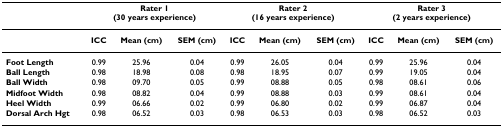
|  | <COLSPAN=3> Rater 1(30 years experience) | <COLSPAN=3> Rater 2(16 years experience) | <COLSPAN=3> Rater 3(2 years experience) |
 | --- | --- | --- | --- | --- | --- | --- | --- | --- | --- |
 |  | ICC | Mean (cm) | SEM (cm) | ICC | Mean (cm) | SEM (cm) | ICC | Mean (cm) | SEM (cm) |
 | Foot Length | 0.99 | 25.96 | 0.04 | 0.99 | 26.05 | 0.04 | 0.99 | 25.96 | 0.04 |
 | Ball Length | 0.98 | 18.98 | 0.08 | 0.98 | 18.95 | 0.07 | 0.99 | 19.05 | 0.04 |
 | Ball Width | 0.98 | 09.70 | 0.05 | 0.99 | 08.88 | 0.05 | 0.98 | 08.61 | 0.06 |
 | Midfoot Width | 0.98 | 08.82 | 0.04 | 0.99 | 08.88 | 0.03 | 0.99 | 08.61 | 0.04 |
 | Heel Width | 0.99 | 06.66 | 0.02 | 0.99 | 06.80 | 0.02 | 0.99 | 06.87 | 0.04 |
 | Dorsal Arch Hgt | 0.98 | 06.52 | 0.03 | 0.98 | 06.53 | 0.03 | 0.98 | 06.52 | 0.03 |